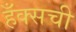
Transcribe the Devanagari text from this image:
हँक्सची